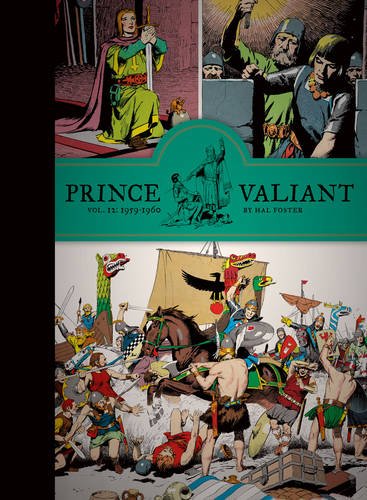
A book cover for Prince Valiant Vol. 12: 1959-1960 (Vol. 12)  (Prince Valiant); Hal Foster; Comics & Graphic Novels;